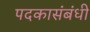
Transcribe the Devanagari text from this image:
पदकासंबंधी